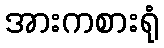
အားကစားရုံ